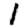
Digit: 1